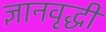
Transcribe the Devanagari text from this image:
ज्ञानवृद्धी